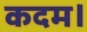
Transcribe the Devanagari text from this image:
कदम।